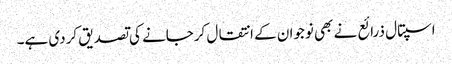
اسپتال ذرائع نے بھی نوجوان کے انتقال کرجانے کی تصدیق کردی ہے۔